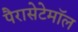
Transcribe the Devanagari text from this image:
पैरासेटेमॉल